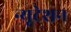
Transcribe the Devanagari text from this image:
न्यूटेशन